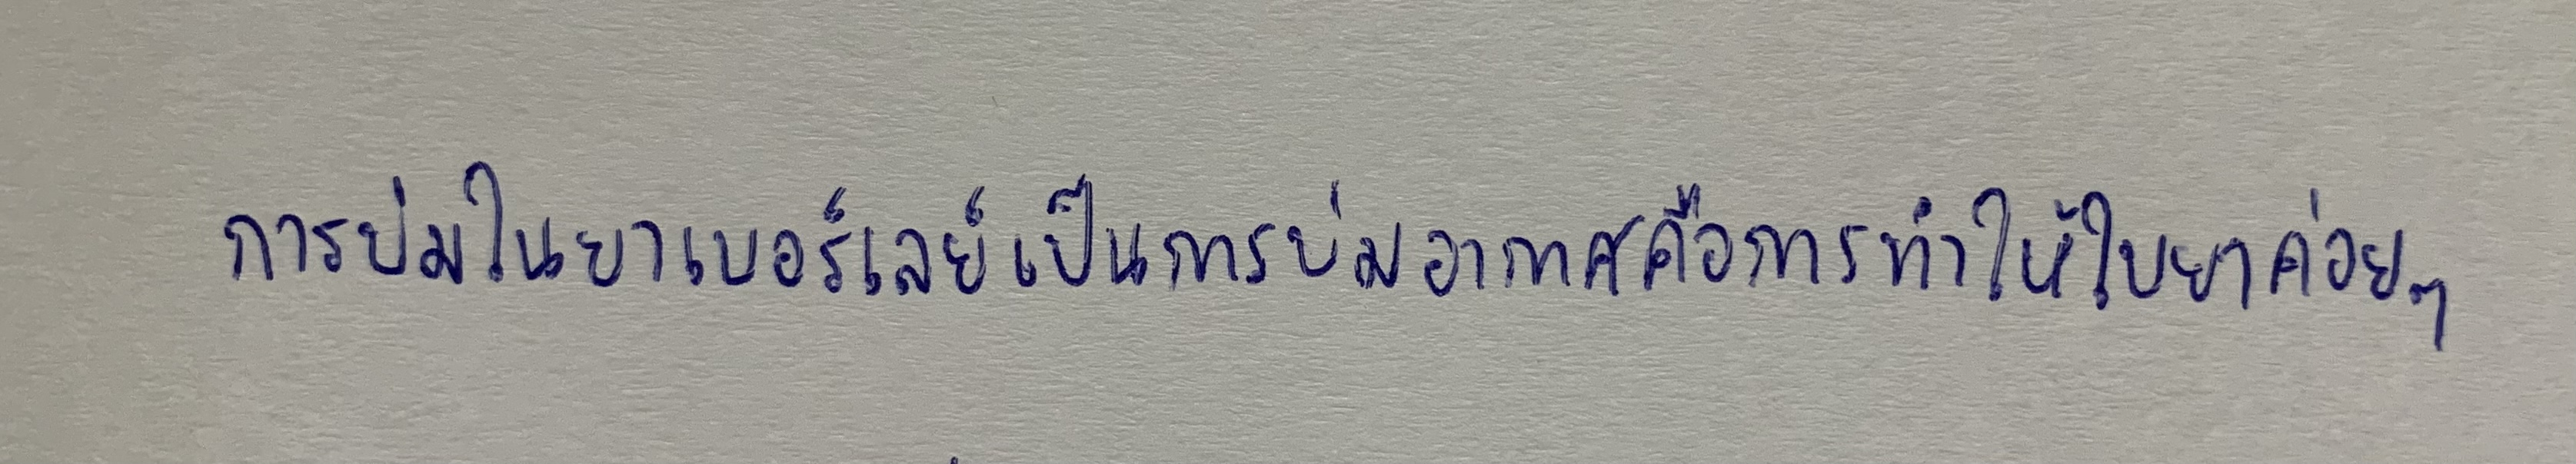
การบ่มใบยาเบอร์เลย์เป็นการบ่มอากาศคือการทำให้ใบยาค่อยๆ